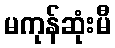
မကုန်ဆုံးမီ